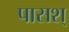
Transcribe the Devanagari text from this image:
पासश्